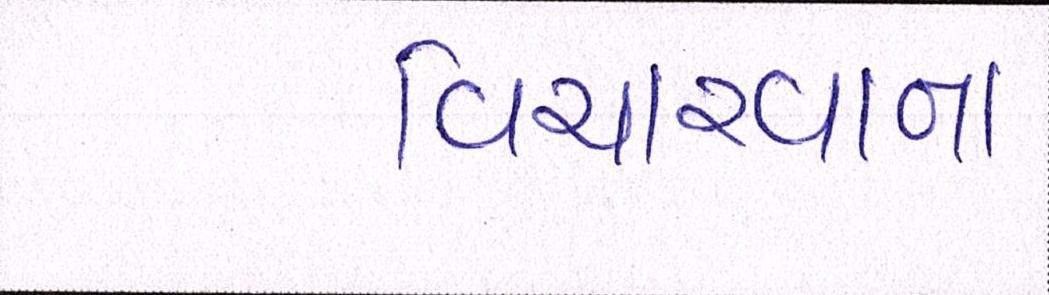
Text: વિચારવાના